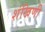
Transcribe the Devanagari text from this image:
शंखिणी